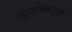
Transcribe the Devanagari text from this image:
ग्युज़ेलबाहसे